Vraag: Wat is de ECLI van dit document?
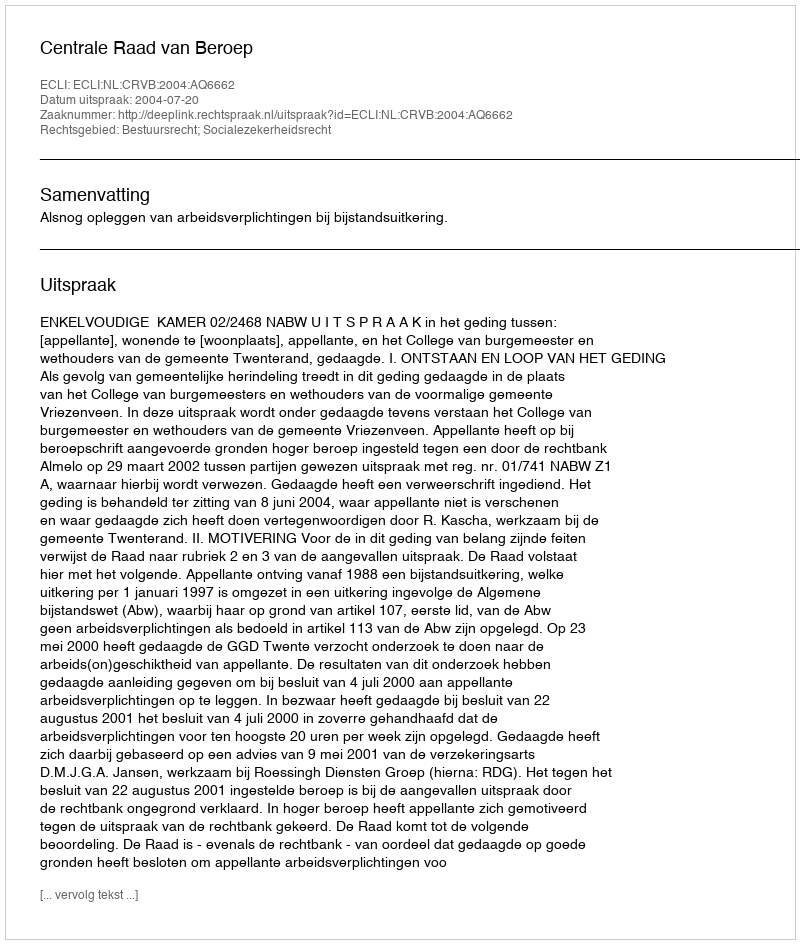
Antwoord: ECLI:NL:CRVB:2004:AQ6662